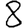
Digit: 8